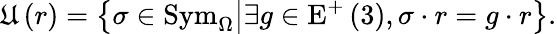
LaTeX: \mathfrak{U}\left(r\right)=\left\{ \sigma\in\mathrm{Sym}_{\Omega}\middle|\exists g\in\mathrm{E}^{+}\left(3\right),\sigma\cdot r=g\cdot r\right\} .